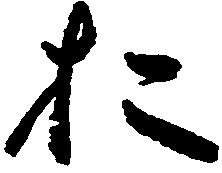
お